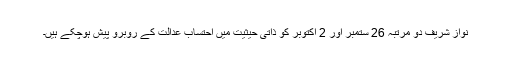
نواز شریف دو مرتبہ 26 ستمبر اور 2 اکتوبر کو ذاتی حیثیت میں احتساب عدالت کے روبرو پیش ہوچکے ہیں۔